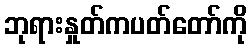
ဘုရားနှုတ်ကပတ်တော်ကို